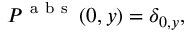
P ^ { \mathrm { ~ a ~ b ~ s ~ } } \left( 0 , y \right) = \delta _ { 0 , y } ,